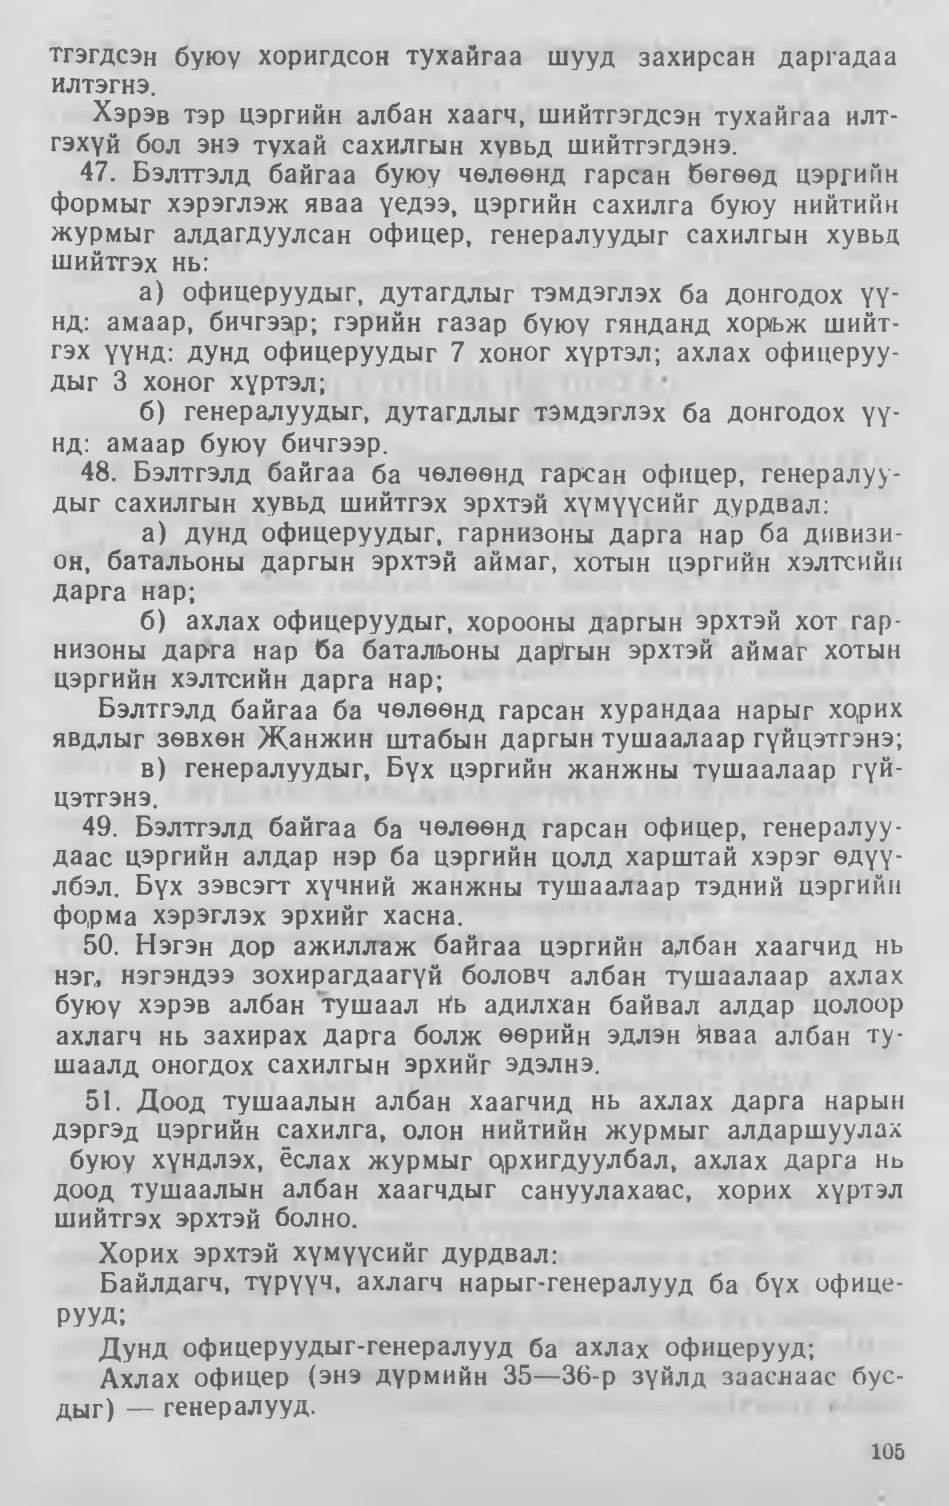
Language: mn